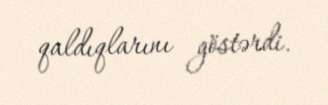
qaldıqlarını göstərdi.